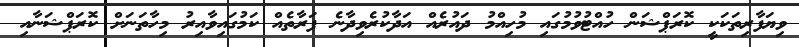
ވިޔަފާރިތަކަކީ ކޮރަޕްޝަން ހުއްޓުވުމުގައި މުހިއްމު ދައުރެއް އަދާކުރެވިދާނެ ފަރާތެއް ކަމުގައިވާއިރު މިހާތަނަށް ކޮރަޕްޝަނާއި